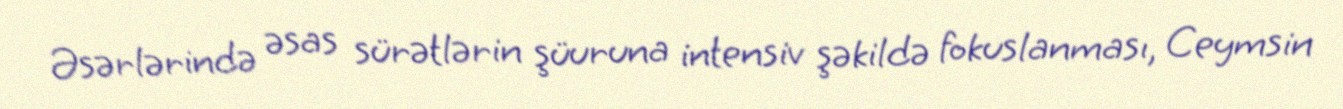
Əsərlərində əsas sürətlərin şüuruna intensiv şəkildə fokuslanması, Ceymsin